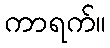
ကာရက်။